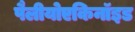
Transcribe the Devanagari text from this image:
पैलीयोएकिनॉइड